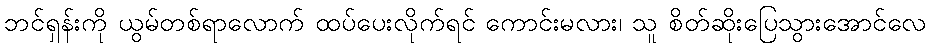
ဘင်ရှန်းကို ယွမ်တစ်ရာလောက် ထပ်ပေးလိုက်ရင် ကောင်းမလား၊ သူ စိတ်ဆိုးပြေသွားအောင်လေ